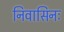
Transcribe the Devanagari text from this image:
निवासिनः